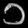
Digit: ၁